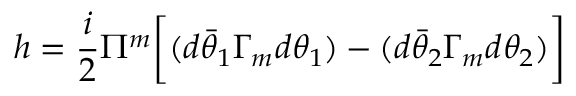
h = { \frac { i } { 2 } } \Pi ^ { m } \biggl [ ( d \bar { \theta } _ { 1 } \Gamma _ { m } d \theta _ { 1 } ) - ( d \bar { \theta } _ { 2 } \Gamma _ { m } d \theta _ { 2 } ) \biggr ]